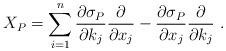
LaTeX: \begin{align*}X_P=\sum_{i=1}^n\frac{\partial \sigma_P}{\partial {k}_j}\frac{\partial}{\partial x_j}-\frac{\partial \sigma_P}{\partial x_j}\frac{\partial}{\partial {k}_j} \ .\end{align*}